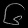
Digit: ၆